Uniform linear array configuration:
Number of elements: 12
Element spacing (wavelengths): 0.25
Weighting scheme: hamming
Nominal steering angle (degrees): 0
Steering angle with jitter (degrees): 1.679
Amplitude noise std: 0.05
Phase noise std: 0.05

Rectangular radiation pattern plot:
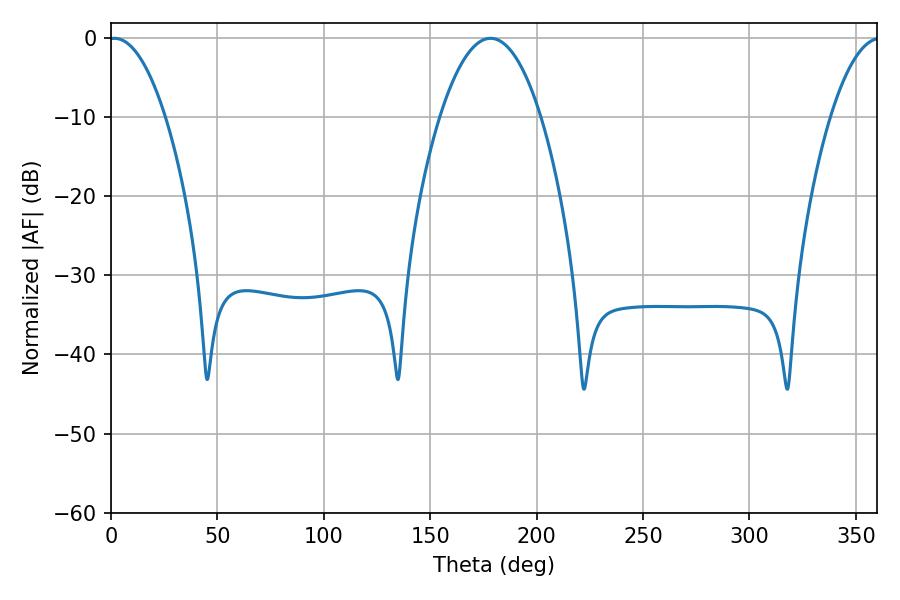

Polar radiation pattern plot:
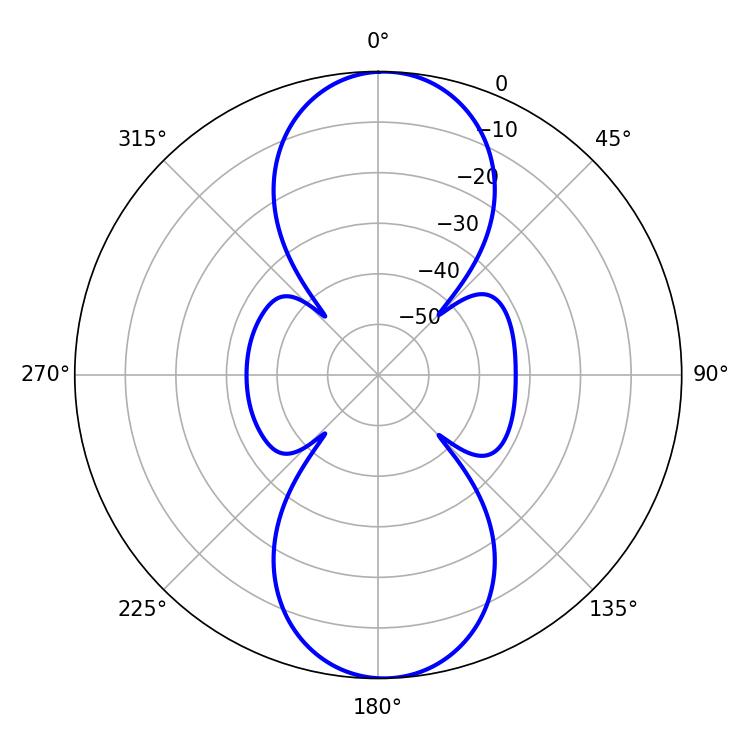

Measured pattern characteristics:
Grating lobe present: FALSE
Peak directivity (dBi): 18.37
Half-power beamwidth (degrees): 14.76
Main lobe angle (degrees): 1.62